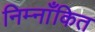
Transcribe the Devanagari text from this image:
निम्नाँकित